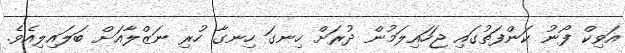
އަވިކް ފޯނު ކަންފަތުގައި ޖަހައިލަމުން ދުރަށް ހިނގަ ހިނގާ ހުރި ނަޒްލާއަށް ބަލައިލިއެވެ.